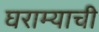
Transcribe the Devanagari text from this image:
घराम्याची